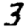
Digit: 3